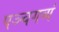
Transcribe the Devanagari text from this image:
पञ्चगव्यं